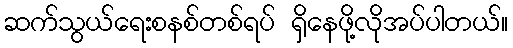
ဆက်သွယ်ရေးစနစ်တစ်ရပ် ရှိနေဖို့လိုအပ်ပါတယ်။